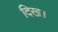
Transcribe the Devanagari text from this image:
दिख।